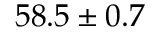
5 8 . 5 \pm 0 . 7 \